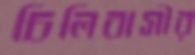
চিলিবাসীর